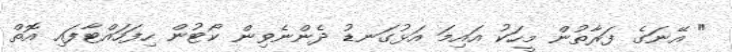
" އޭނަގެ ފަރާތުން މީހަކު އައިމަ އަޅުގަނޑު ދެންނެވިން ކޯޓުން ހިފަހައްޓާފައި އޮތް